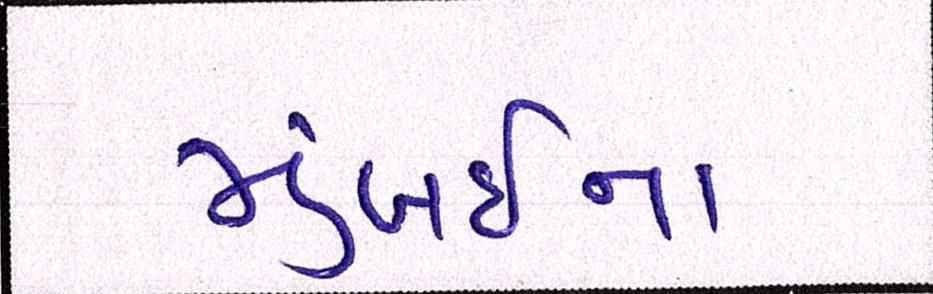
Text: મુંબઇના